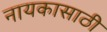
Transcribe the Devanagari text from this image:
नायकासाठी